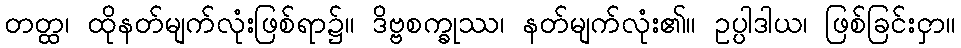
တတ္ထ၊ ထိုနတ်မျက်လုံးဖြစ်ရာ၌။ ဒိဗ္ဗစက္ခုဿ၊ နတ်မျက်လုံး၏။ ဥပ္ပါဒါယ၊ ဖြစ်ခြင်းငှာ။